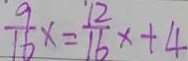
\frac { 9 } { 1 6 } x = \frac { 1 2 } { 1 6 } x + 4